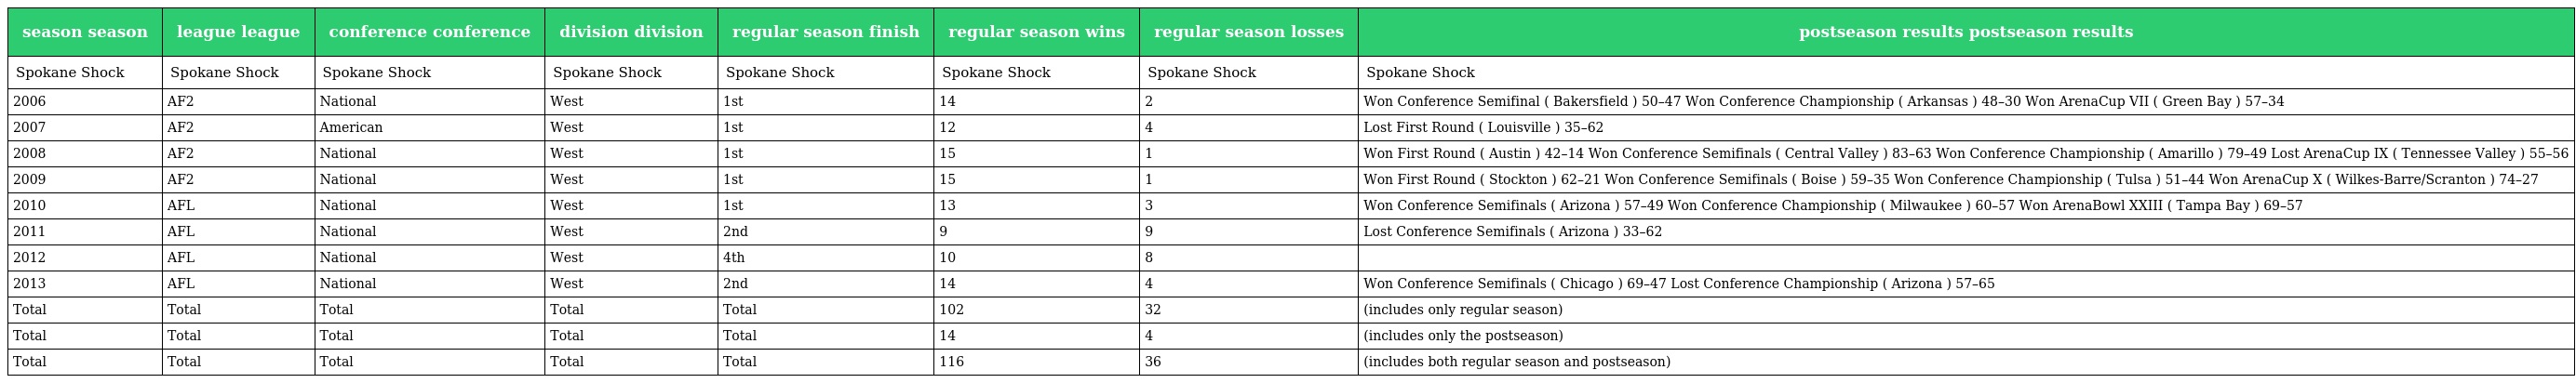
| season season | league league | conference conference | division division | regular season finish | regular season wins | regular season losses | postseason results postseason results |
 | --- | --- | --- | --- | --- | --- | --- | --- |
 | Spokane Shock | Spokane Shock | Spokane Shock | Spokane Shock | Spokane Shock | Spokane Shock | Spokane Shock | Spokane Shock |
 | 2006 | AF2 | National | West | 1st | 14 | 2 | Won Conference Semifinal ( Bakersfield ) 50–47 Won Conference Championship ( Arkansas ) 48–30 Won ArenaCup VII ( Green Bay ) 57–34 |
 | 2007 | AF2 | American | West | 1st | 12 | 4 | Lost First Round ( Louisville ) 35–62 |
 | 2008 | AF2 | National | West | 1st | 15 | 1 | Won First Round ( Austin ) 42–14 Won Conference Semifinals ( Central Valley ) 83–63 Won Conference Championship ( Amarillo ) 79–49 Lost ArenaCup IX ( Tennessee Valley ) 55–56 |
 | 2009 | AF2 | National | West | 1st | 15 | 1 | Won First Round ( Stockton ) 62–21 Won Conference Semifinals ( Boise ) 59–35 Won Conference Championship ( Tulsa ) 51–44 Won ArenaCup X ( Wilkes-Barre/Scranton ) 74–27 |
 | 2010 | AFL | National | West | 1st | 13 | 3 | Won Conference Semifinals ( Arizona ) 57–49 Won Conference Championship ( Milwaukee ) 60–57 Won ArenaBowl XXIII ( Tampa Bay ) 69–57 |
 | 2011 | AFL | National | West | 2nd | 9 | 9 | Lost Conference Semifinals ( Arizona ) 33–62 |
 | 2012 | AFL | National | West | 4th | 10 | 8 |  |
 | 2013 | AFL | National | West | 2nd | 14 | 4 | Won Conference Semifinals ( Chicago ) 69–47 Lost Conference Championship ( Arizona ) 57–65 |
 | Total | Total | Total | Total | Total | 102 | 32 | (includes only regular season) |
 | Total | Total | Total | Total | Total | 14 | 4 | (includes only the postseason) |
 | Total | Total | Total | Total | Total | 116 | 36 | (includes both regular season and postseason) |